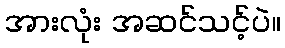
အားလုံး အဆင်သင့်ပဲ။